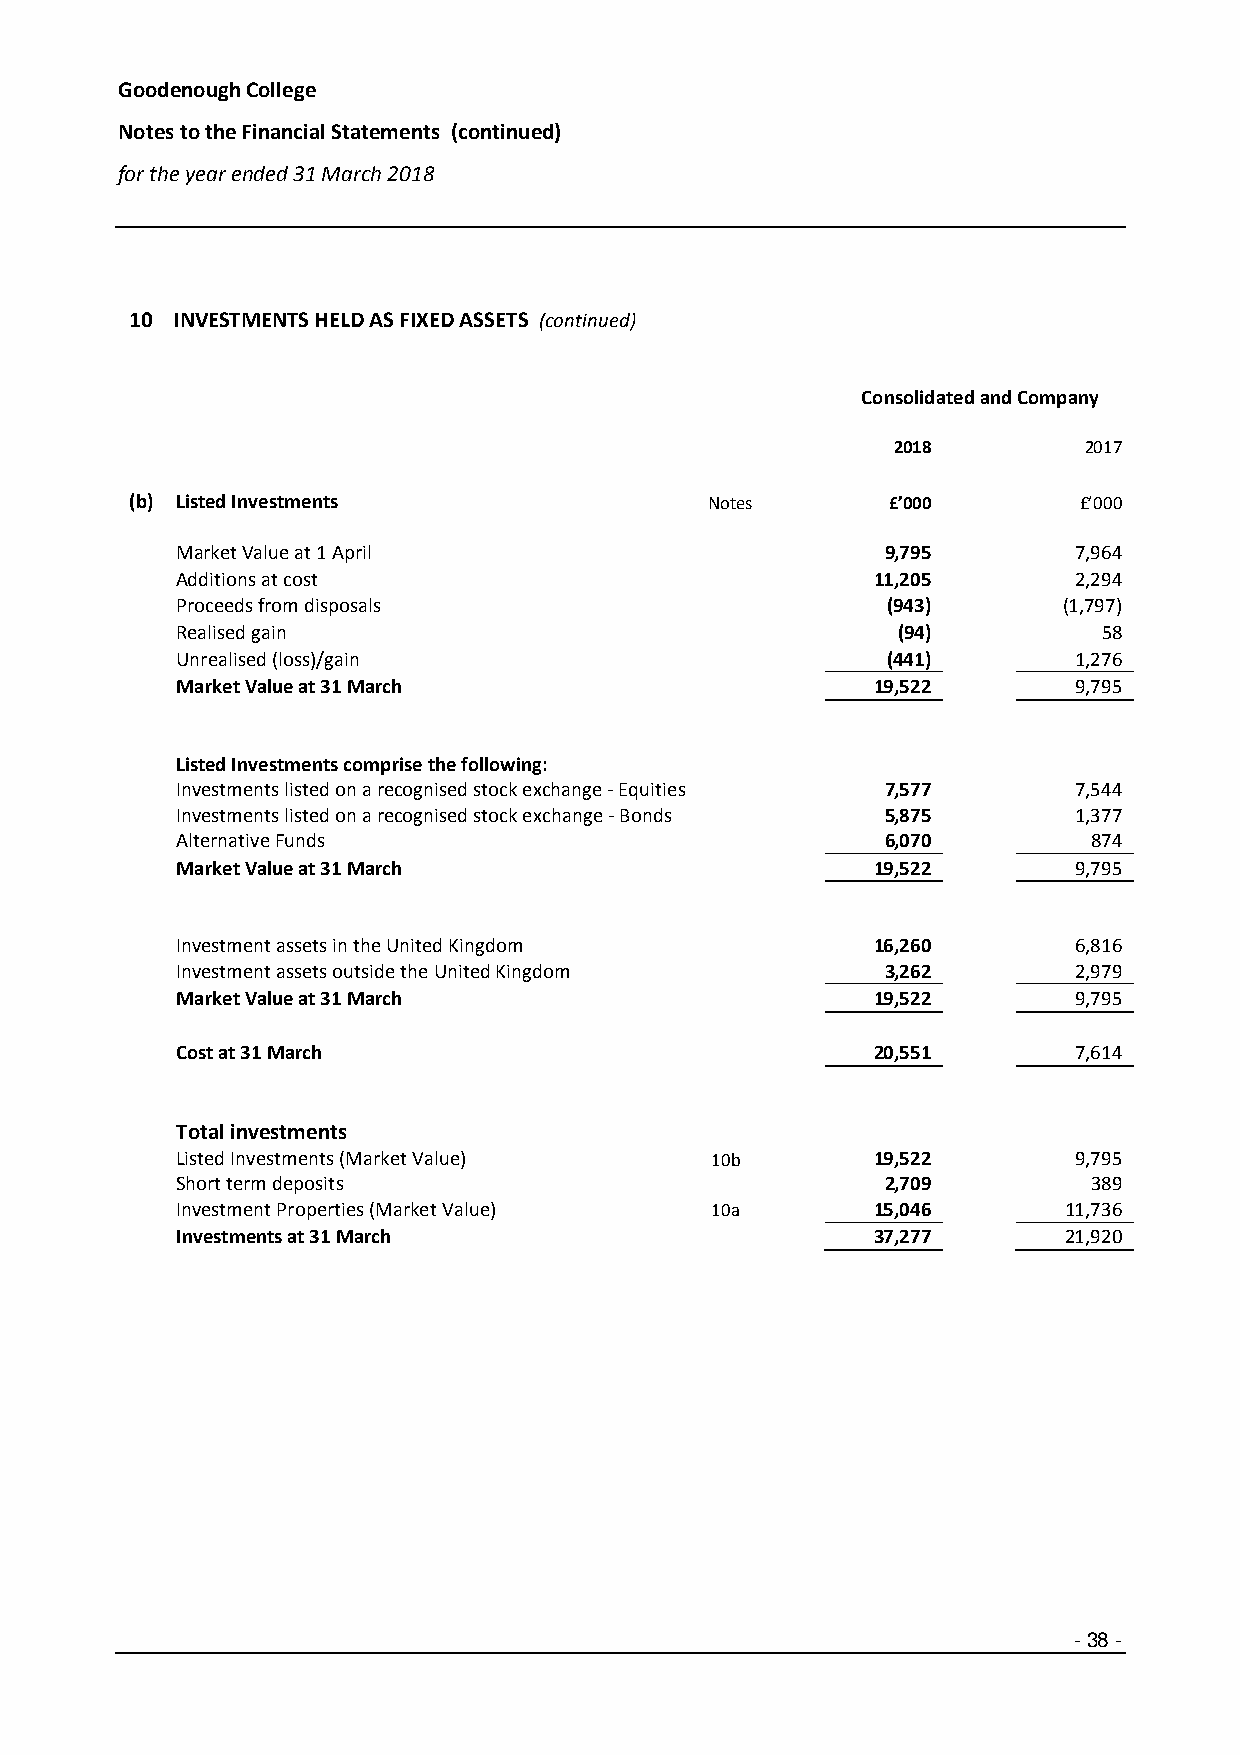
Goodenough College
 Notes to the Financial Statements (continued)
 for the year ended 31 March 2018
 10 INVESTMENTS HELD AS FIXED ASSETS (continued)
 Consolidated and Company
 2018         2017
 (b) Listed Investments                Notes       £’000       £’000
 Market Value at 1 April                        9,795       7,964
 Additions at cost                             11,205       2,294
 Proceeds from disposals                        (943)      (1,797)
 Realised gain                                  (94)          58
 Unrealised (loss)/gain                         (441)       1,276
 Market Value at 31 March                      19,522       9,795
 Listed Investments comprise the following:
 Investments listed on a recognised stock exchange - Equities 7,577 7,544
 Investments listed on a recognised stock exchange - Bonds 5,875 1,377
 Alternative Funds                              6,070        874
 Market Value at 31 March                      19,522       9,795
 Investment assets in the United Kingdom       16,260       6,816
 Investment assets outside the United Kingdom   3,262       2,979
 Market Value at 31 March                      19,522       9,795
 Cost at 31 March                              20,551       7,614
 Total investments
 Listed Investments (Market Value)  10b        19,522       9,795
 Short term deposits                            2,709        389
 Investment Properties (Market Value) 10a      15,046      11,736
 Investments at 31 March                       37,277      21,920
 -38 -